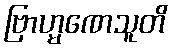
ဗြာဟ္မဏေသူတိ